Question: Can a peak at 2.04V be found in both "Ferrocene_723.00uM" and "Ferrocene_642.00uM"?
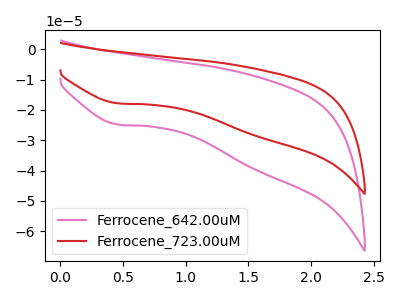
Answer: <think>The pink curve "Ferrocene_642.00uM" has a cathodic peak at: (0.45V, -24.80uA). The red curve "Ferrocene_723.00uM" has a cathodic peak at: (0.45V, -17.80uA).</think>
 <answer>No, "Ferrocene_723.00uM" and "Ferrocene_642.00uM" dont share a peak at 2.04V.</answer>
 <eval>mismatch</eval>